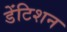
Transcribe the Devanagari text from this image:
डेंटिशन